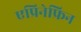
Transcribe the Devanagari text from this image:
एप्रिनेफ्रिन